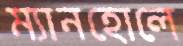
ম্যানহোলে